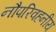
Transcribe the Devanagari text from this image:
नौपरिवहनीय